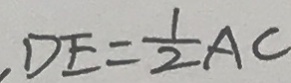
D E = \frac { 1 } { 2 } A C